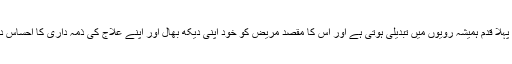
علاج کا پہلا قدم ہمیشہ رویوں میں تبدیلی ہوتی ہے اور اس کا مقصد مریض کو خود اپنی دیکھ بھال اور اپنے علاج کی ذمہ داری کا احساس دلانا ہے۔